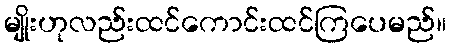
မျိုးဟုလည်းထင်ကောင်းထင်ကြပေမည်။